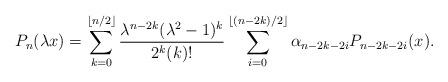
LaTeX: \begin{align*}P_{n}(\lambda x) = \sum_{k=0}^{\lfloor n/2 \rfloor} \dfrac{\lambda ^{n-2k}(\lambda^{2}-1)^{k}}{2^{k}(k)!} \sum_{i=0}^{\lfloor (n-2k)/2 \rfloor} \alpha_{n-2k-2i}P_{n-2k-2i}(x).\end{align*}